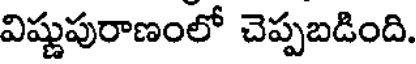
విష్ణుపురాణంలో చెప్పబడింది.